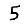
Digit: 5